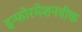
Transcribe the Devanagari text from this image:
इन्फोरमेशनवीक